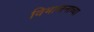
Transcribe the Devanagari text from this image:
विभाजनाच्या